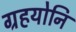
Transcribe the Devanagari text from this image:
ग्रहयोनि